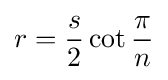
r={\frac {s}{2}}\cot {\frac {\pi }{n}}